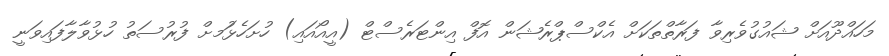
މަހައްދޫއަށް ޝައުގުވެރިވާ ފަރާތްތަކަށް އެކްސްޕްރެޝަން އޮފް އިންޓަރެސްޓް (އީއޯއައި) ހުށަހެޅުަމށް ފުރުސަތު ހުޅުވާލާފައިވަނީ